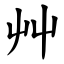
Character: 艸